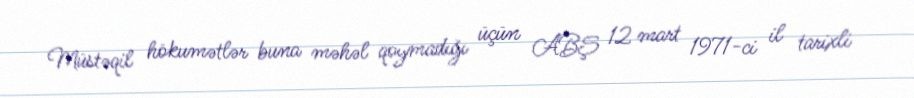
Müstəqil hökumətlər buna məhəl qoymadığı üçün ABŞ 12 mart 1971-ci il tarixli